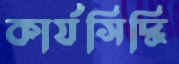
কার্যসিদ্ধি